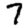
Digit: 7